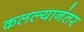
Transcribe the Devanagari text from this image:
कलल्यानंतर